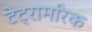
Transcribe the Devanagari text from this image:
टेट्रामरिक